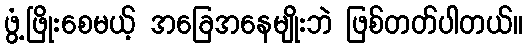
ဖွံ့ဖြိုးစေမယ့် အခြေအနေမျိုးဘဲ ဖြစ်တတ်ပါတယ်။